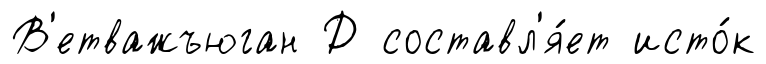
В'етважъюган Д составл'я́ет исто́к